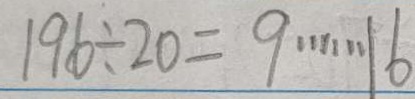
1 9 6 \div 2 0 = 9 \cdots 1 6